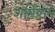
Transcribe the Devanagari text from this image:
शर्मिष्ठाने